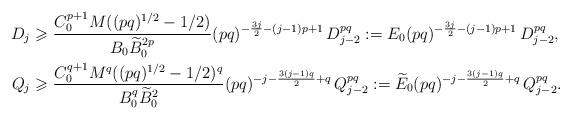
LaTeX: \begin{align*}D_{j}&\geqslant\frac{C_0^{p+1}M((pq)^{1/2}-1/2)}{B_0\widetilde{B}_0^{2p}}(pq)^{-\frac{3j}{2}-(j-1)p+1}\,D_{j-2}^{pq}:= E_0(pq)^{-\frac{3j}{2}-(j-1)p+1}\,D_{j-2}^{pq},\\Q_{j}&\geqslant\frac{C_0^{q+1}M^q((pq)^{1/2}-1/2)^q}{B_0^q\widetilde{B}_0^2}(pq)^{-j-\frac{3(j-1)q}{2}+q}\,Q_{j-2}^{pq}:=\widetilde{E}_0(pq)^{-j-\frac{3(j-1)q}{2}+q}\,Q_{j-2}^{pq}.\end{align*}